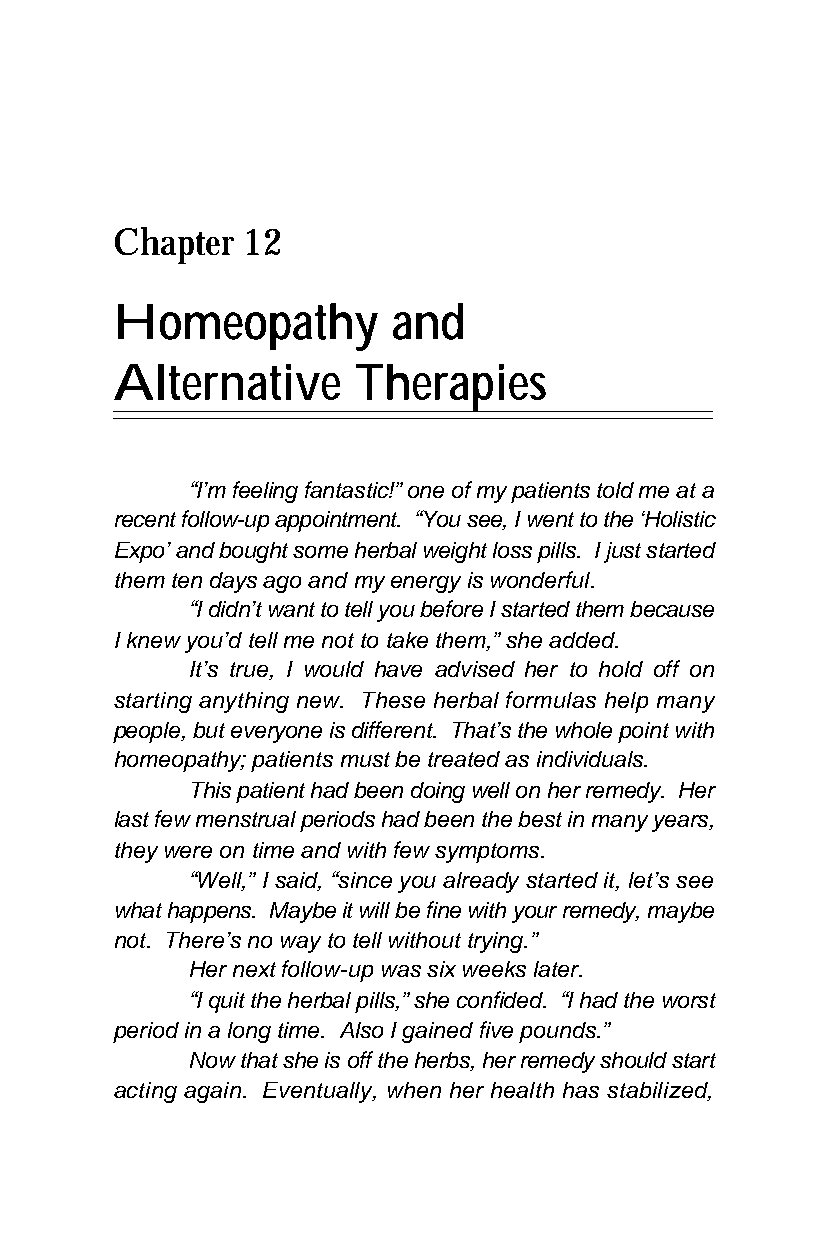
Chapter  12
 Homeopathy         and
 Alternative     Therapies
 “I’m feeling fantastic!” one of my patients told me at a
 recent follow-up appointment. “You see, I went to the ‘Holistic
 Expo’ and bought some herbal weight loss pills. I just started
 them ten days ago and my energy is wonderful.
 “I didn’t want to tell you before I started them because
 I knew you’d tell me not to take them,” she added.
 It’s true, I would have advised her to hold off on
 starting anything new. These herbal formulas help many
 people, but everyone is different. That’s the whole point with
 homeopathy; patients must be treated as individuals.
 This patient had been doing well on her remedy. Her
 last few menstrual periods had been the best in many years,
 they were on time and with few symptoms.
 “Well,” I said, “since you already started it, let’s see
 what happens. Maybe it will be fine with your remedy, maybe
 not. There’s no way to tell without trying.”
 Her next follow-up was six weeks later.
 “I quit the herbal pills,” she confided. “I had the worst
 period in a long time. Also I gained five pounds.”
 Now that she is off the herbs, her remedy should start
 acting again. Eventually, when her health has stabilized,